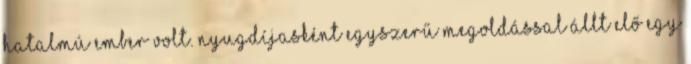
hatalmú ember volt. Nyugdíjasként egyszerű megoldással állt elő egy